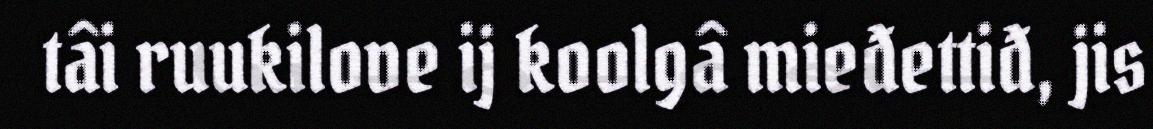
tâi ruukilove ij koolgâ mieđettiđ, jis